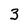
Character: 3